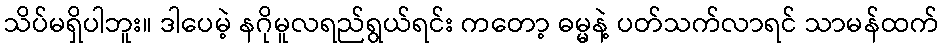
သိပ်မရှိပါဘူး။ ဒါပေမဲ့ နဂိုမူလရည်ရွယ်ရင်း ကတော့ ဓမ္မနဲ့ ပတ်သက်လာရင် သာမန်ထက်